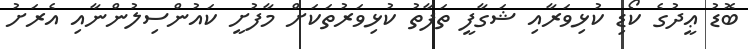
ބޮޑު ޢީދުގެ ކޯޑި ކުޅިވަރާއި ޝަގާފީ ތަފާތު ކުޅިވަރުތަކަށް މާފުށީ ކައުންސިލުންނާއި އެރަށު